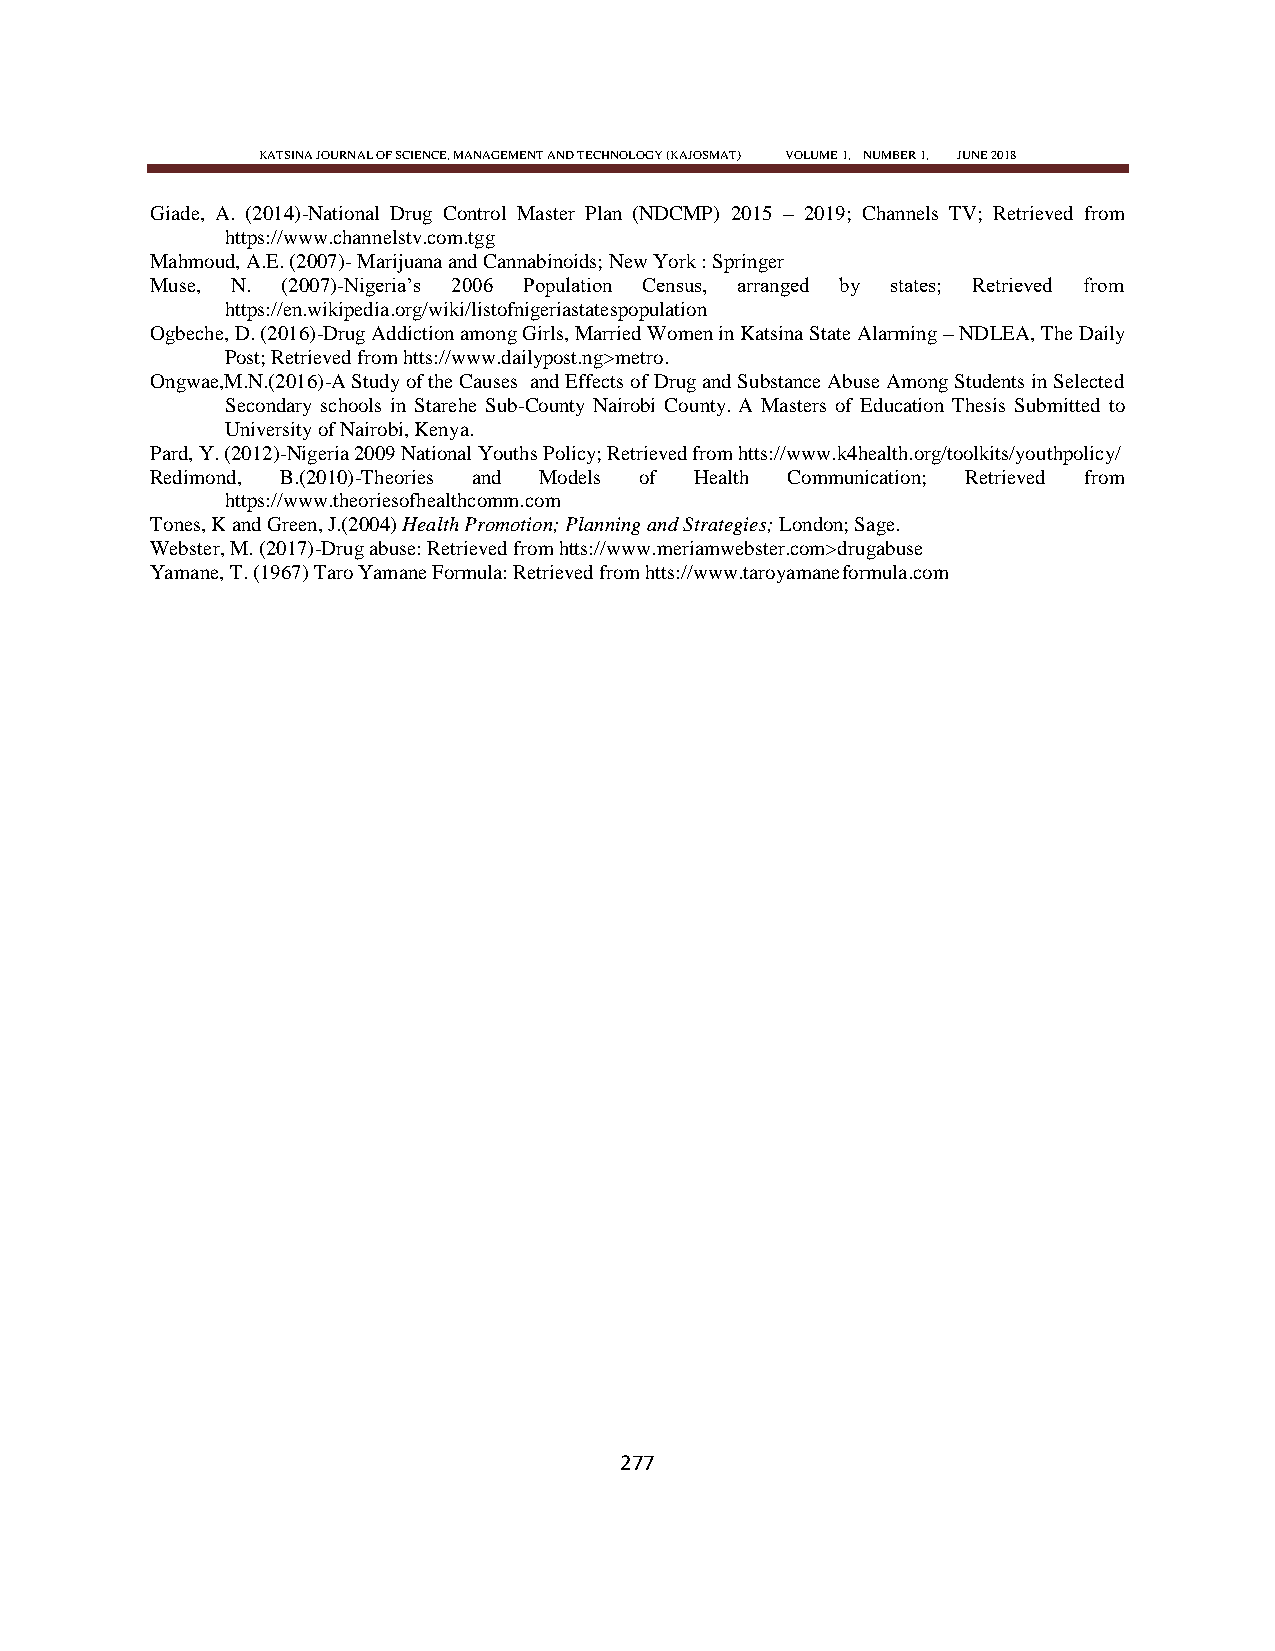
KATSINA JOURNAL OF SCIENCE, MANAGEMENT AND TECHNOLOGY (KAJOSMAT) VOLUME 1, NUMBER 1, JUNE 2018
 Giade, A. (2014)-National Drug Control Master Plan (NDCMP) 2015 – 2019; Channels TV; Retrieved from
 https://www.channelstv.com.tgg
 Mahmoud, A.E. (2007)- Marijuana and Cannabinoids; New York : Springer
 Muse, N. (2007)-Nigeria‘s 2006 Population Census, arranged by states; Retrieved from
 https://en.wikipedia.org/wiki/listofnigeriastatespopulation
 Ogbeche, D. (2016)-Drug Addiction among Girls, Married Women in Katsina State Alarming – NDLEA, The Daily
 Post; Retrieved from htts://www.dailypost.ng>metro.
 Ongwae,M.N.(2016)-A Study of the Causes and Effects of Drug and Substance Abuse Among Students in Selected
 Secondary schools in Starehe Sub-County Nairobi County. A Masters of Education Thesis Submitted to
 University of Nairobi, Kenya.
 Pard, Y. (2012)-Nigeria 2009 National Youths Policy; Retrieved from htts://www.k4health.org/toolkits/youthpolicy/
 Redimond, B.(2010)-Theories and Models of Health Communication; Retrieved from
 https://www.theoriesofhealthcomm.com
 Tones, K and Green, J.(2004) Health Promotion; Planning and Strategies; London; Sage.
 Webster, M. (2017)-Drug abuse: Retrieved from htts://www.meriamwebster.com>drugabuse
 Yamane, T. (1967) Taro Yamane Formula: Retrieved from htts://www.taroyamaneformula.com
 277